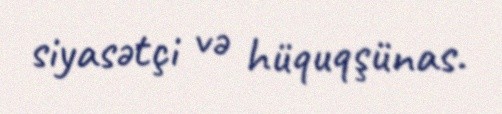
siyasətçi və hüquqşünas.